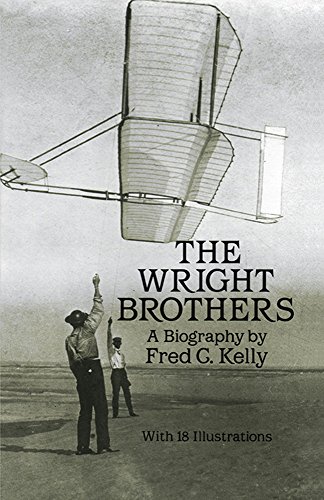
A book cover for The Wright Brothers: A Biography (Dover Transportation); Fred C. Kelly; Crafts, Hobbies & Home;